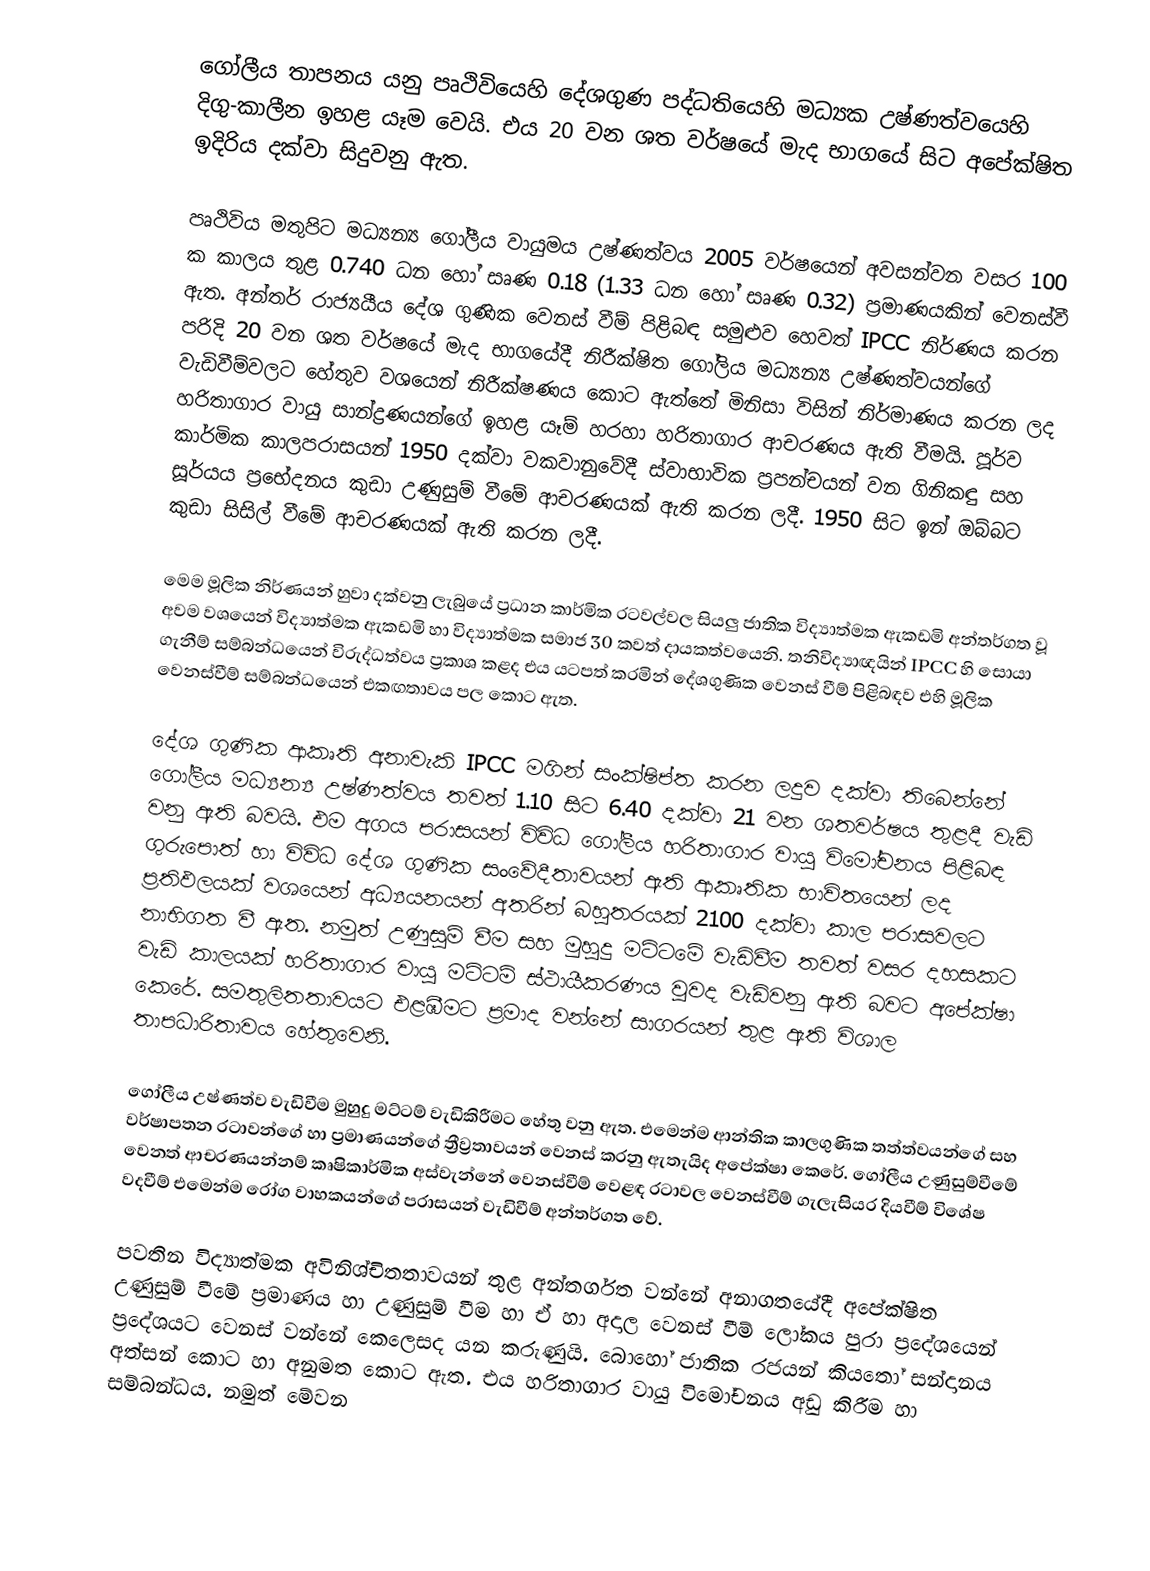
ගෝලීය තාපනය යනු  පෘථිවියෙහි  දේශගුණ පද්ධතියෙහි මධ්‍යක උෂ්ණත්වයෙහි දිගු-කාලීන ඉහළ යෑම වෙයි.  එය 20 වන ශත වර්ෂයේ මැද භාගයේ සිට අපේක්ෂිත ඉදිරිය දක්වා සිදුවනු ඇත.

පෘථිවිය මතුපිට මධ්‍යන්‍ය ගෝලීය වායුමය උෂ්ණත්වය 2005 වර්ෂයෙන් අවසන්වන වසර 100 ක කාලය තුළ 0.740 ධන හෝ සෘණ 0.18 (1.33 ධන හෝ සෘණ 0.32) ප්‍රමාණයකින් වෙනස්වී ඇත.  අන්තර් රාජ්‍යයීය දේශ ගුණික වෙනස් වීම් පිළිබඳ සමුළුව හෙවත් IPCC නිර්ණය කරන පරිදි 20 වන ශත වර්ෂයේ මැද භාගයේදී නිරීක්ෂිත ගෝලිය මධ්‍යන්‍ය උෂ්ණත්වය‍න්ගේ වැඩිවීම්වලට හේතුව වශයෙන් නිරීක්ෂණය කොට ඇත්තේ මිනිසා විසින් නිර්මාණය කරන ලද හරිතාගාර වායු සාන්ද්‍රණයන්ගේ ඉහළ යෑම් හරහා හරිතාගාර ආචරණය ඇති වීමයි. පූර්ව කාර්මික කාලපරාසයන් 1950 දක්වා වකවානුවේදී ස්වාභාවික ප්‍රපන්චයන් වන ගිනිකඳු සහ සූර්යය ප්‍රභේදනය කුඩා උණුසුම් වීමේ ආචරණයක් ඇති කරන ලදී. 1950 සිට ඉන් ඔබ්බට  කුඩා සිසිල් වීමේ ආචරණයක් ඇති කරන ලදී.

මෙම මූලික නිර්ණයන් හුවා දක්වනු ලැබුයේ ප්‍රධාන කාර්මික රටවල්වල සියලු ජාතික විද්‍යාත්මක ඇකඩමි අන්තර්ගත වූ අවම වශයෙන් විද්‍යාත්මක ඇකඩමි හා විද්‍යාත්මක සමාජ  30 කවත් දායකත්වයෙනි. තනිවිද්‍යාඥයින් IPCC හි සොයා ගැනීම් සම්බන්ධයෙන් විරුද්ධත්වය ප්‍රකාශ කළද එය යටපත් කරමින් දේශගුණික වෙනස් වීම් පිළිබඳව එහි මූලික වෙනස්වීම් සම්බන්ධයෙන් එකඟතාවය  පල කොට ඇත.

දේශ ගුණික ආකෘති අනාවැකි IPCC මගින් සංක්ෂිප්ත කරන ලදුව දක්වා තිබෙන්නේ ගෝලීය මධ්‍යන්‍ය උෂ්ණත්වය තවත් 1.10 සිට 6.40 දක්වා 21 වන ශතවර්ෂය තුළදී වැඩි වනු ඇති බවයි. එම අගය පරාසයන් විවිධ ගෝලීය හරිතාගාර වායු විමෝචනය පිළිබඳ ගුරුපොත් හා විවිධ දේශ ගුණික සංවේදීතාවයන් ඇති ආකෘතික භාවිතයෙන් ලද ප්‍රතිඵලයක් වශයෙන් අධ්‍යයනයන් අතරින් බහුතරයක් 2100 දක්වා කාල පරාසවලට නාභිගත වී ඇත. නමුත් උණුසුම් වීම සහ මුහුදු මට්ටමේ වැඩිවීම‍ තවත් වසර දහසකට වැඩි කාලයක් හරිතාගාර වායු මට්ටම් ස්ථායීකරණය වුවද වැඩිවනු ඇති බවට අපේක්ෂා කෙරේ. සමතුලිතතාවයට එළඹීමට ප්‍රමාද වන්නේ සාගරයන් තුළ ඇති විශාල තාපධාරිතාවය හේතුවෙනි.

ගෝලීය උෂ්ණත්ව වැඩිවීම මුහුදු මට්ටම් වැඩිකිරීමට හේතු වනු ඇත. එමෙන්ම ආන්තික කාලගුණික තත්ත්වයන්ගේ සහ වර්ෂාපතන රටාවන්ගේ හා ප්‍රමාණයන්ගේ ත්‍රීව්‍රතාවයන් වෙනස් කරනු ඇතැයිද අපේක්ෂා කෙරේ. ගෝලීය උණුසුම්වීමේ වෙනත් ආචරණයන්නම් කෘෂිකාර්මික අස්වැන්නේ වෙනස්වීම් වෙළඳ රටාවල වෙනස්වීම් ගැලැසියර දියවීම් විශේෂ වදවීම් එමෙන්ම රෝග වාහකයන්ගේ පරාසයන් වැඩිවීම් අන්තර්ගත වේ.

පවතින විද්‍යාත්මක අවිනිශ්චිතතාවයන් තුළ අන්තර්ගත වන්නේ අනාගතයේදී අපේක්ෂිත උණුසුම් වීමේ ප්‍රමාණය හා උණුසුම් වීම හා ඒ හා අදාල වෙනස් වීම් ලෝකය පුරා ප්‍රදේශයෙන් ප්‍රදේශයට වෙනස් වන්නේ කෙලෙසද යන කරුණුයි. බොහෝ ජාතික රජයන් කියතෝ සන්දානය අත්සන් කොට හා අනුමත කොට ඇත. එය හරිතාගාර වායු විමෝචනය අඩු කිරීම හා සම්බන්ධය. නමුත් මේවන